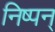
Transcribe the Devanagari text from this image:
निष्पन्